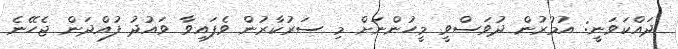
ދައްކަވަނީ: އުމުރުން ދުވަސްވީ މީހުންނަށް މި ސަރުކާރުން ވެފައިވާ ވައުދު ފުއްދަން ޖެހޭނެ